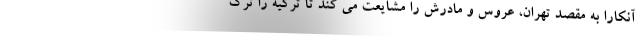
آنکارا به مقصد تهران، عروس و مادرش را مشایعت می کند تا ترکیه را ترک